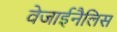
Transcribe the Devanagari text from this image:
वेजाईनैलिस